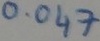
Text: 0.047